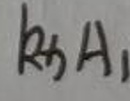
$Rt\triangle A_{1}$